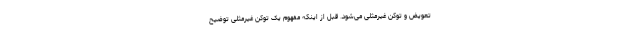
تعویض و توکن غیرمثلی می‌شود. قبل از اینکه مفهوم یک توکن غیرمثلی توضیح